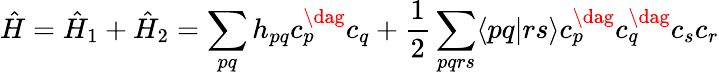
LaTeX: \hat{H}=\hat{H}_{1}+\hat{H}_{2}=\sum_{pq}h_{pq}c_{p}^{\dag}c_{q}+\frac{1}{2}\sum_{pqrs}\langle pq|rs\rangle c_{p}^{\dag}c_{q}^{\dag}c_{s}c_{r}